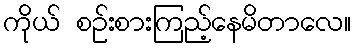
ကိုယ် စဉ်းစားကြည့်နေမိတာလေ။